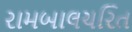
રામબાલચરિત